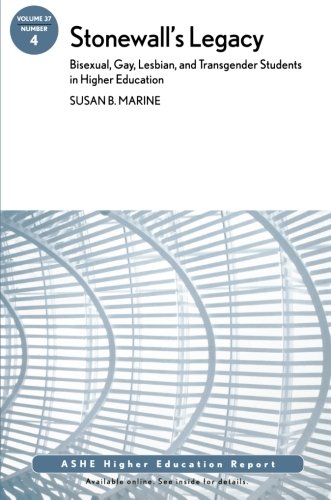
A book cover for Stonewall's Legacy: Bisexual, Gay, Lesbian, and Transgender Students in Higher Education: AEHE; Susan B. Marine; Gay & Lesbian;